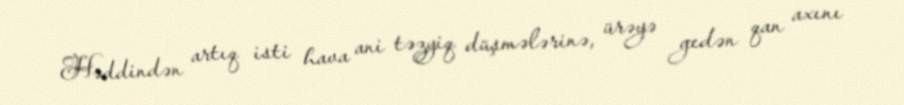
Həddindən artıq isti hava ani təzyiq düşmələrinə, ürəyə gedən qan axını